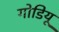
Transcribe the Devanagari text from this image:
गोडियू